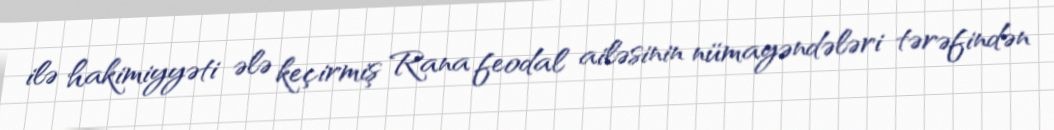
ilə hakimiyyəti ələ keçirmiş Rana feodal ailəsinin nümayəndələri tərəfindən